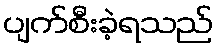
ပျက်စီးခဲ့ရသည်